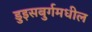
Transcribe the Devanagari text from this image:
डुइसबुर्गमधील